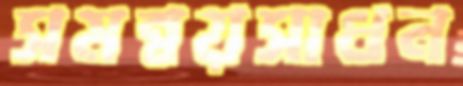
সমন্বয়সাধন